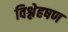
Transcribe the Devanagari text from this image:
विश्लेहषण